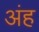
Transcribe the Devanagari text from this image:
अंह